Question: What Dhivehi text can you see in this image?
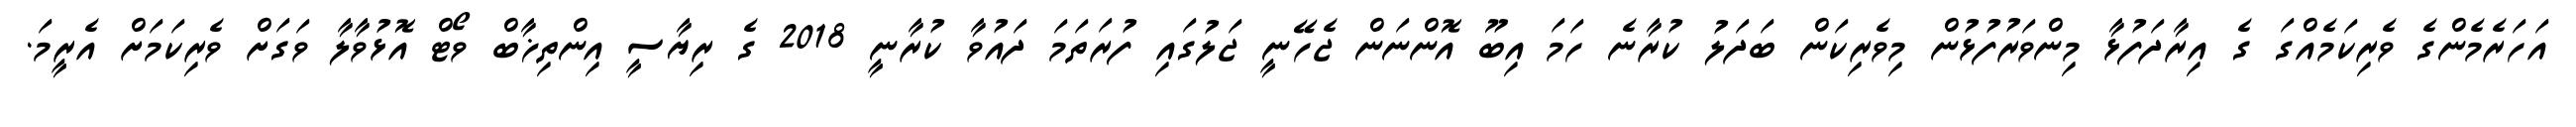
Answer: އަހަރެމެންގެ ވެރިކަމެއްގަ ގެ އިރާދަފުޅާ މިންވަރުފުޅުން މިވެރިކަން ބަދަލު ކުރާނެ ހަމަ އިބޫ އޮންނަން ޖެހޭނީ ޖަލުގައި ފުރަތަމަ ދައުވާ ކުރާނީ 2018 ގެ ރިޔާސީ އިންތިޚާބް ވޯޓް އޮޅުވާލާ ވަގަށް ވެރިކަމަށް އެރީމަ.